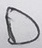
Text: D